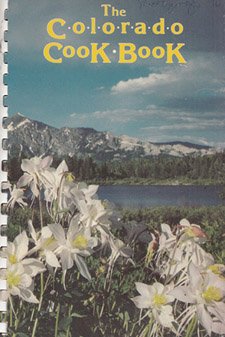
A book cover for The Colorado cook book: A benefit for the University of Colorado Libraries, Boulder; Sheryl Kuempel; Cookbooks, Food & Wine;